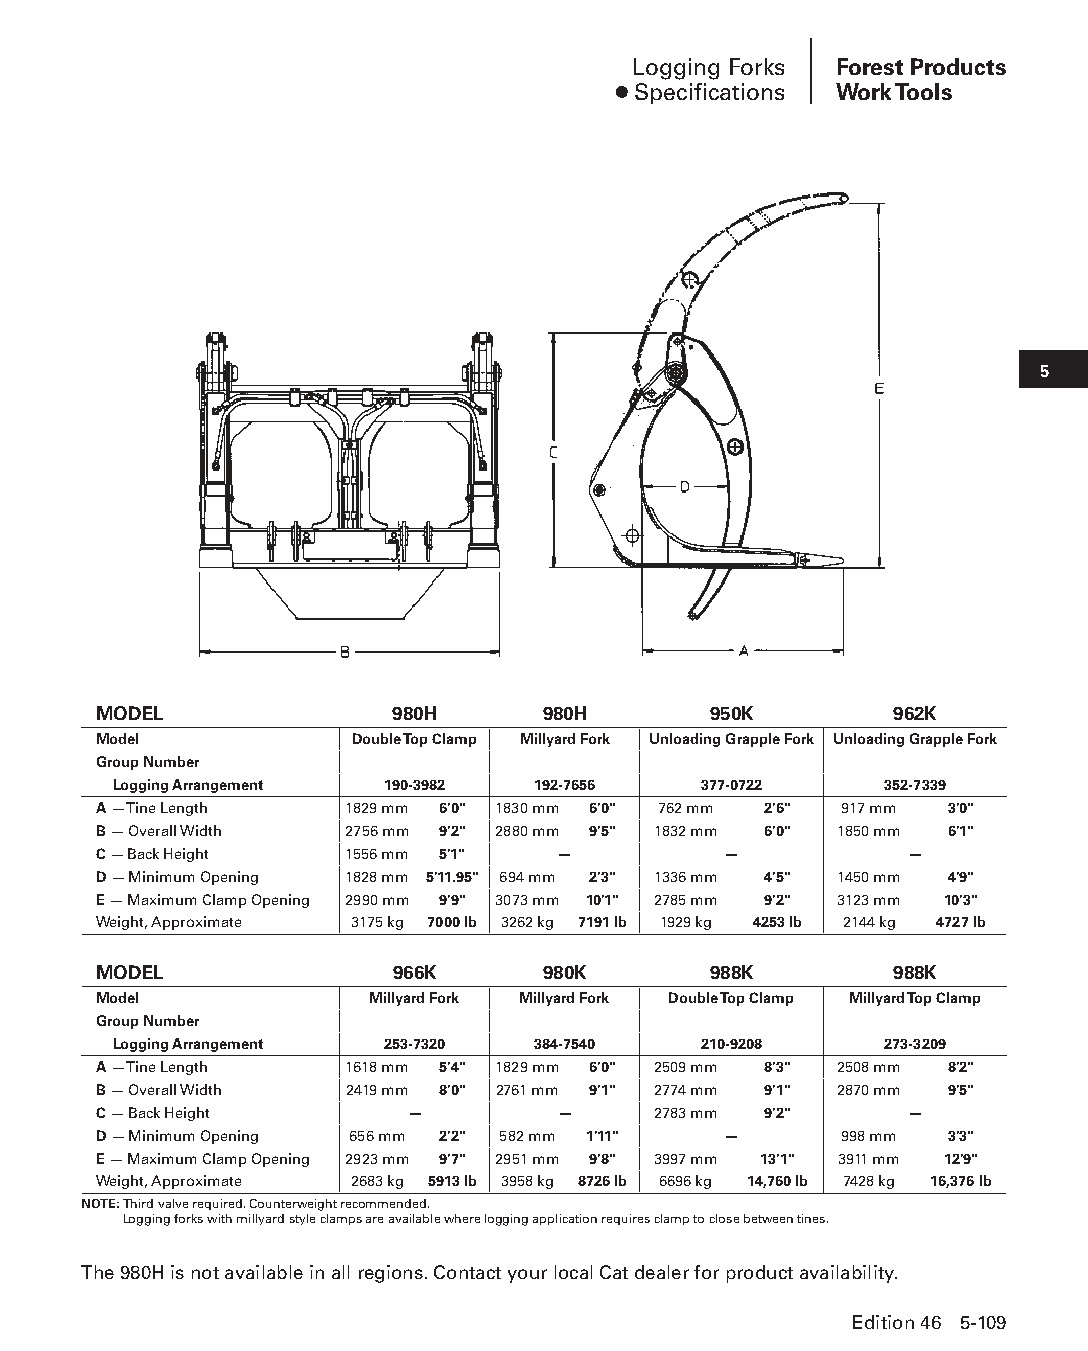
Logging Forks Forest Products
 ● Specifications Work Tools
 5
 MODEL              980H      980H       950K        962K
 Model            Double Top Clamp Millyard Fork Unloading Grapple Fork Unloading Grapple Fork
 Group Number
 Logging Arrangement 190-3982 192-7656  377-0722    352-7339
 A — Tine Length 1829 mm 6'0" 1830 mm 6'0" 762 mm 2'6" 917 mm 3'0"
 B — Overall Width 2756 mm 9'2" 2880 mm 9'5" 1832 mm 6'0" 1850 mm 6'1"
 C — Back Height 1556 mm 5'1"  —          —           —
 D — Minimum Opening 1828 mm 5'11.95" 694 mm 2'3" 1336 mm 4'5" 1450 mm 4'9"
 E — Maximum Clamp Opening 2990 mm 9'9" 3073 mm 10'1" 2785 mm 9'2" 3123 mm 10'3"
 Weight, Approximate 3175 kg 7000 lb 3262 kg 7191 lb 1929 kg 4253 lb 2144 kg 4727 lb
 MODEL              966K      980K       988K        988K
 Model             Millyard Fork Millyard Fork Double Top Clamp Millyard Top Clamp
 Group Number
 Logging Arrangement 253-7320 384-7540  210-9208    273-3209
 A — Tine Length 1618 mm 5'4" 1829 mm 6'0" 2509 mm 8'3" 2508 mm 8'2"
 B — Overall Width 2419 mm 8'0" 2761 mm 9'1" 2774 mm 9'1" 2870 mm 9'5"
 C — Back Height     —         —      2783 mm 9'2"    —
 D — Minimum Opening 656 mm 2'2" 582 mm 1'11" —   998 mm 3'3"
 E — Maximum Clamp Opening 2923 mm 9'7" 2951 mm 9'8" 3997 mm 13'1" 3911 mm 12'9"
 Weight, Approximate 2683 kg 5913 lb 3958 kg 8726 lb 6696 kg 14,760 lb 7428 kg 16,376 lb
 NOTE: Third valve required. Counterweight recommended.
 Logging forks with millyard style clamps are available where logging application requires clamp to close between tines.
 The 980H is not available in all regions. Contact your local Cat dealer for product availability.
 Edition 46 5-109
 PPHHBB--SSeecc0055--1166..iinndddd 110099                      1122//44//1155 22::1188 PPMM